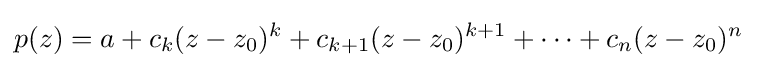
p(z)=a+c_{k}(z-z_{0})^{k}+c_{k+1}(z-z_{0})^{k+1}+\cdots +c_{n}(z-z_{0})^{n}